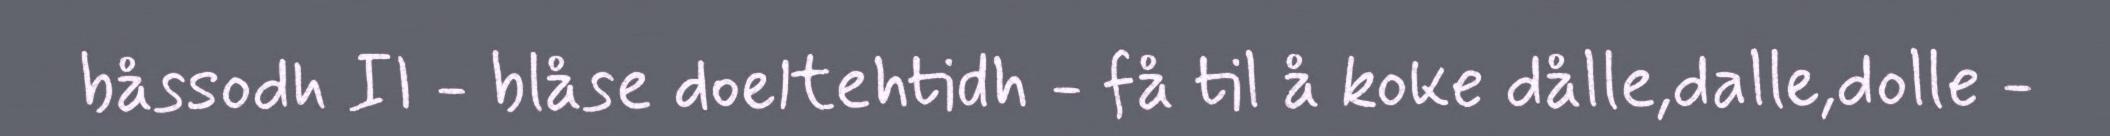
båssodh II - blåse doeltehtidh - få til å koke dålle,dalle,dolle -